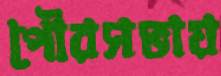
পৌরসভায়